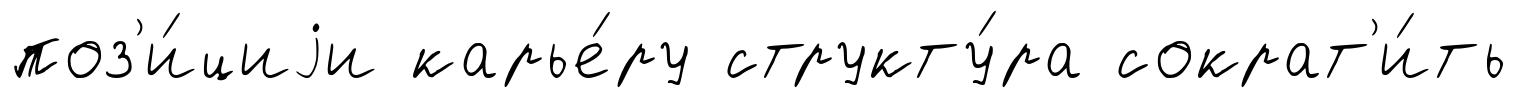
поз'и́циjи карье́ру структу́ра сократ'и́ть